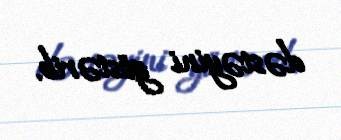
dəstəyini göstərib.